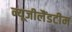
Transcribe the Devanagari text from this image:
न्यूजीलैंडटीम